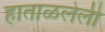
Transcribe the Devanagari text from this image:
हाताळलेली